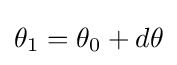
{\textstyle \theta _{1}=\theta _{0}+d\theta }